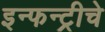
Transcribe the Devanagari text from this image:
इन्फन्ट्रीचे